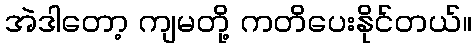
အဲဒါတော့ ကျမတို့ ကတိပေးနိုင်တယ်။